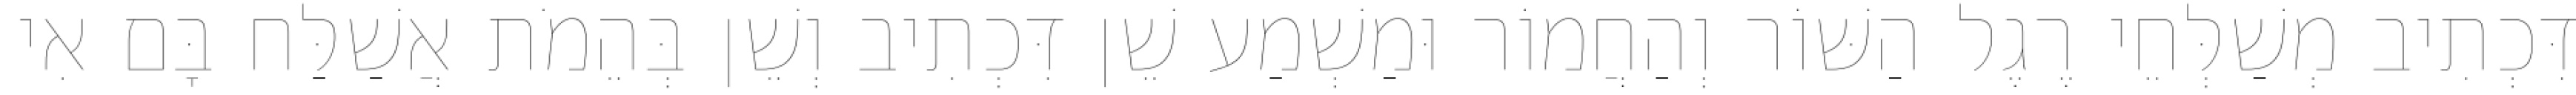
דִּכְתִיב מְשַׁלְּחֵי רֶגֶל הַשּׁוֹר וְהַחֲמוֹר וּמַשְׁמַע שֵׁן דִּכְתִיב וְשֵׁן בְּהֵמֹת אֲשַׁלַּח בָּם אִי